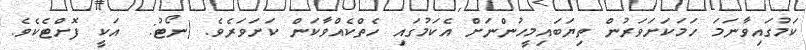
ކަމުގައިވާނަމަ ހަމަކަށަވަރުން ތިޔަބައިމީހުންނަށް އެކަމުގައި ހެތްކެއްވާކަން ކަށަވަރެވެ. (ނޯޓު:  އަކީ ފޮށްޓެކެވެ.